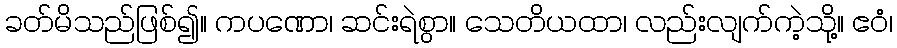
ခတ်မိသည်ဖြစ်၍။ ကပဏော၊ ဆင်းရဲစွာ။ သေတိယထာ၊ လည်းလျက်ကဲ့သို့။ ဧဝံ၊